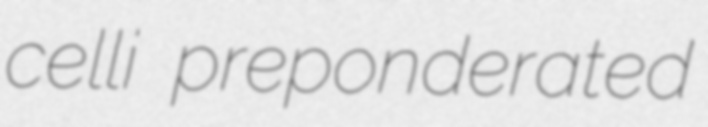
celli preponderated